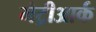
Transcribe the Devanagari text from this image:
मेट्रीआर्क